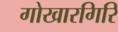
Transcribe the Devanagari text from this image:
गोखारगिरि